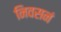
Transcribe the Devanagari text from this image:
निवसनं